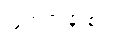
ဖြတ်သန်းစဉ်